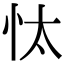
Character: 忲